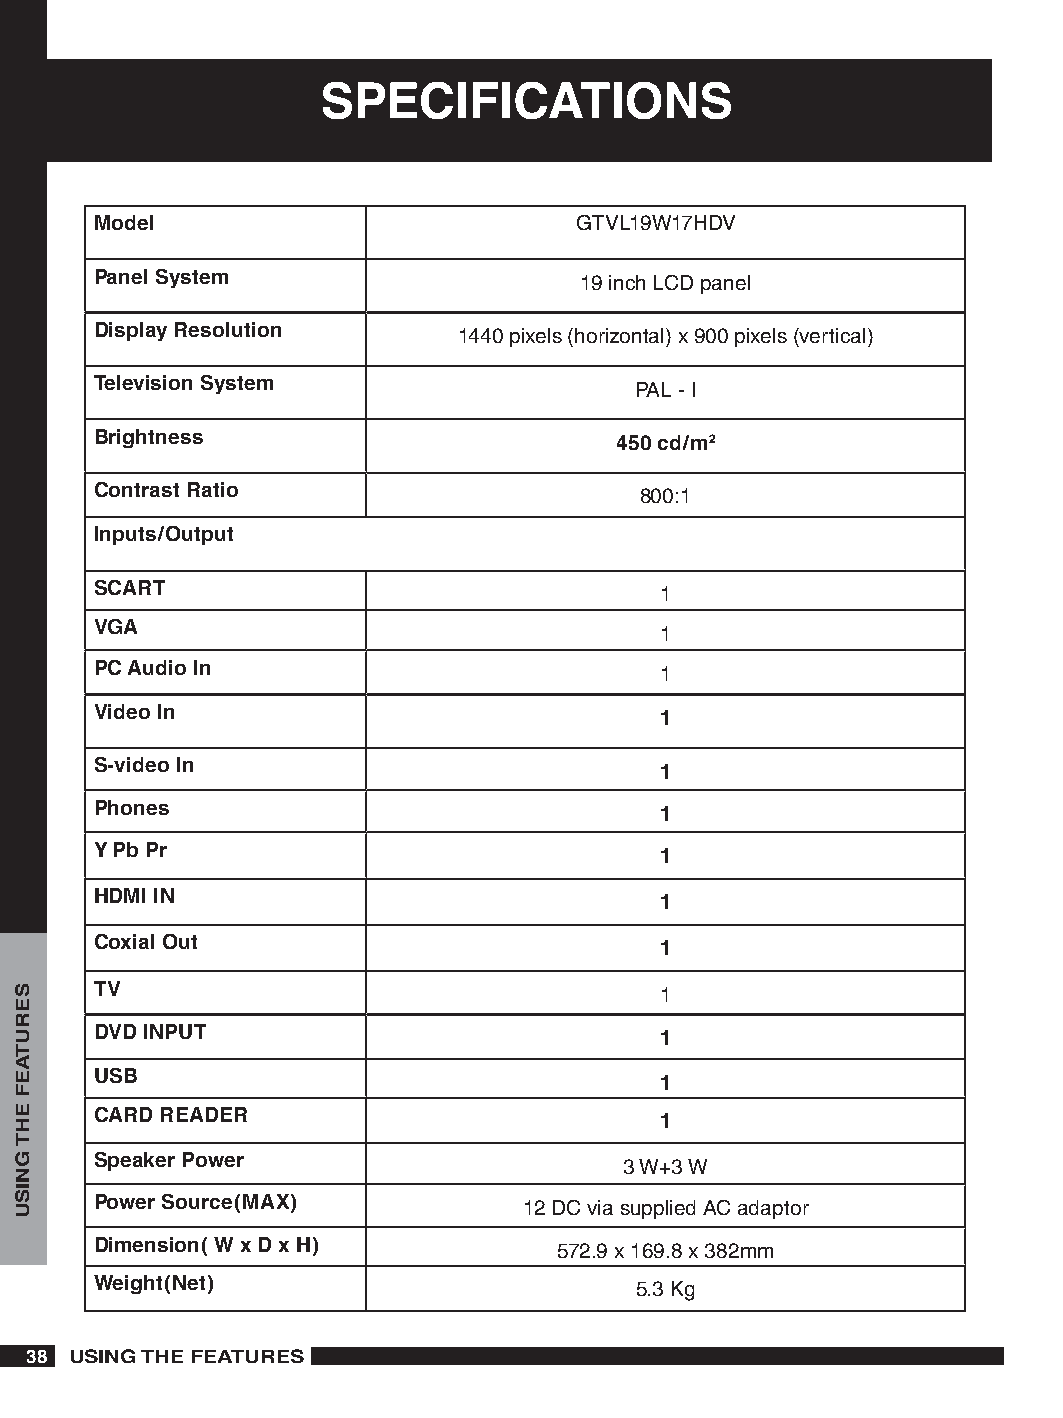
SPECIFICATIONS
 Model                           GTVL19W17HDV
 Panel System                    19 inch LCD panel
 Display Resolution      1440 pixels (horizontal) x 900 pixels (vertical)
 Television System                   PAL - I
 Brightness                         0 cd/m
 Contrast Ratio                      800:1
 Inputs/Output
 SCART                                 1
 VGA                                   1
 PC Audio In                           1
 Video In                              
 S-video In                            
 Phones                                
 Y Pb Pr                               
 HDMI IN                               
 Coxial Out                            
 TV                                    1
 DVD INPUT                             
 USB                                   
 CARD READER                           
 Speaker Power                      3 W+3 W
 Power Source(MAX)            12 DC via supplied AC adaptor
 Dimension( W x D x H)          572.9 x 169.8 x 382mm
 Weight(Net)                         5.3 Kg
 8 USING THE FEATURES
 SERUTAEF
 EHT
 GNISU